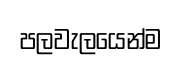
පලවැලයෙන්ම